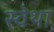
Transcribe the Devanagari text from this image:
स्वेथा